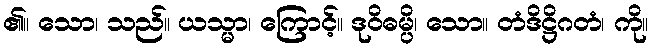
၏။ သော၊ သည်။ ယသ္မာ၊ ကြောင့်။ ဒုဝိဓမ္ပိ၊ သော။ တံဒိဋ္ဌိဂတံ၊ ကို။